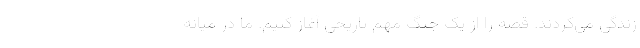
زندگی می‌کردند. قصه را از یک جنگ مهم تاریخی آغاز کنیم. ما در میانه